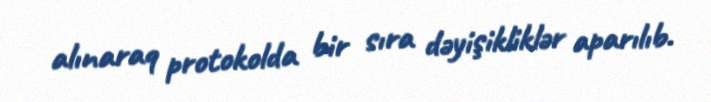
alınaraq protokolda bir sıra dəyişikliklər aparılıb.